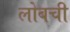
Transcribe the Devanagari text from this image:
लोबची